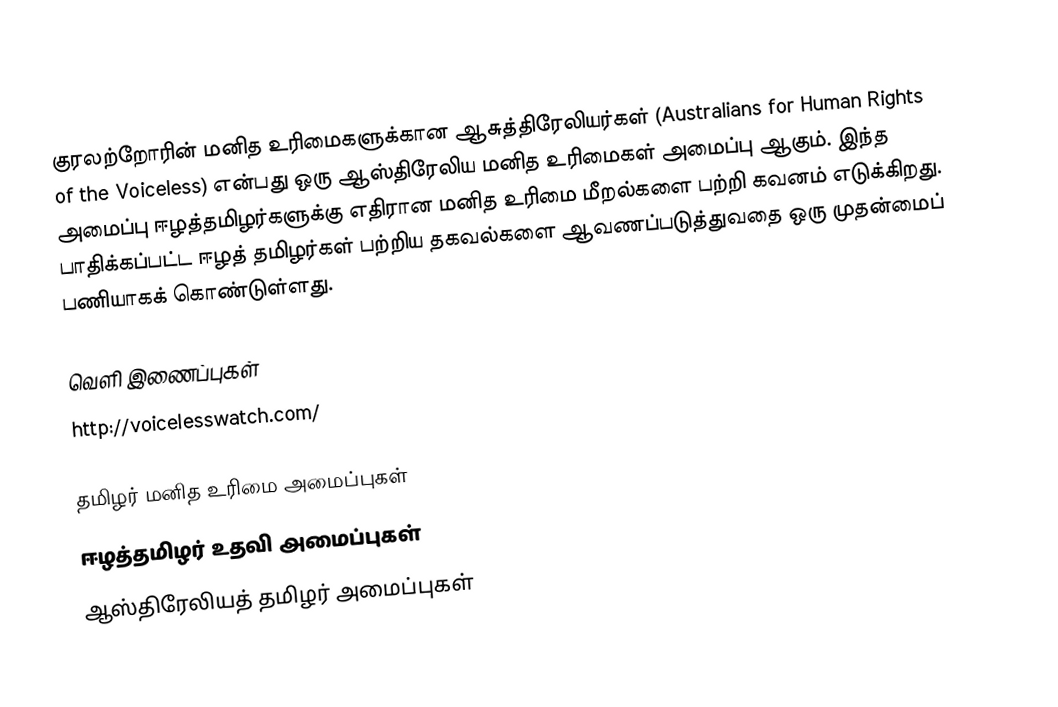
குரலற்றோரின் மனித உரிமைகளுக்கான ஆசுத்திரேலியர்கள் (Australians for Human Rights of the Voiceless) என்பது ஒரு ஆஸ்திரேலிய மனித உரிமைகள் அமைப்பு ஆகும். இந்த அமைப்பு ஈழத்தமிழர்களுக்கு எதிரான மனித உரிமை மீறல்களை பற்றி கவனம் எடுக்கிறது. பாதிக்கப்பட்ட ஈழத் தமிழர்கள் பற்றிய தகவல்களை ஆவணப்படுத்துவதை ஒரு முதன்மைப் பணியாகக் கொண்டுள்ளது.

வெளி இணைப்புகள்
 http://voicelesswatch.com/

தமிழர் மனித உரிமை அமைப்புகள்
ஈழத்தமிழர் உதவி அமைப்புகள்
ஆஸ்திரேலியத் தமிழர் அமைப்புகள்